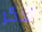
تذكر